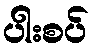
ပါးစပ်